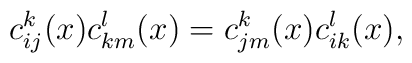
c_{ij}^k(x) c_{km}^l(x) = c_{jm}^k(x) c_{ik}^l(x) ,